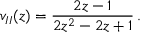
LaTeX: v _ { I I } ( z ) = { \frac { 2 z - 1 } { 2 z ^ { 2 } - 2 z + 1 } } \, .